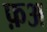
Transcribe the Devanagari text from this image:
फ़अ